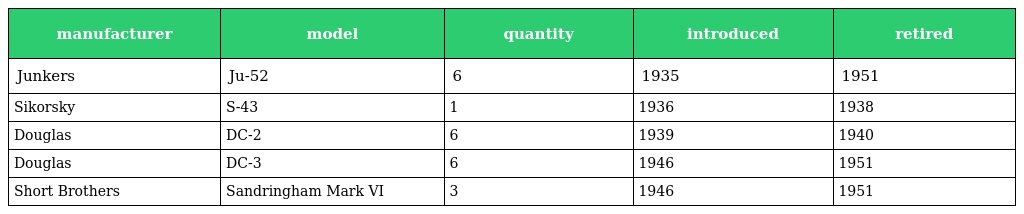
| manufacturer | model | quantity | introduced | retired |
 | --- | --- | --- | --- | --- |
 | Junkers | Ju-52 | 6 | 1935 | 1951 |
 | Sikorsky | S-43 | 1 | 1936 | 1938 |
 | Douglas | DC-2 | 6 | 1939 | 1940 |
 | Douglas | DC-3 | 6 | 1946 | 1951 |
 | Short Brothers | Sandringham Mark VI | 3 | 1946 | 1951 |